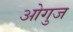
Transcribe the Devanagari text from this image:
ओगुज